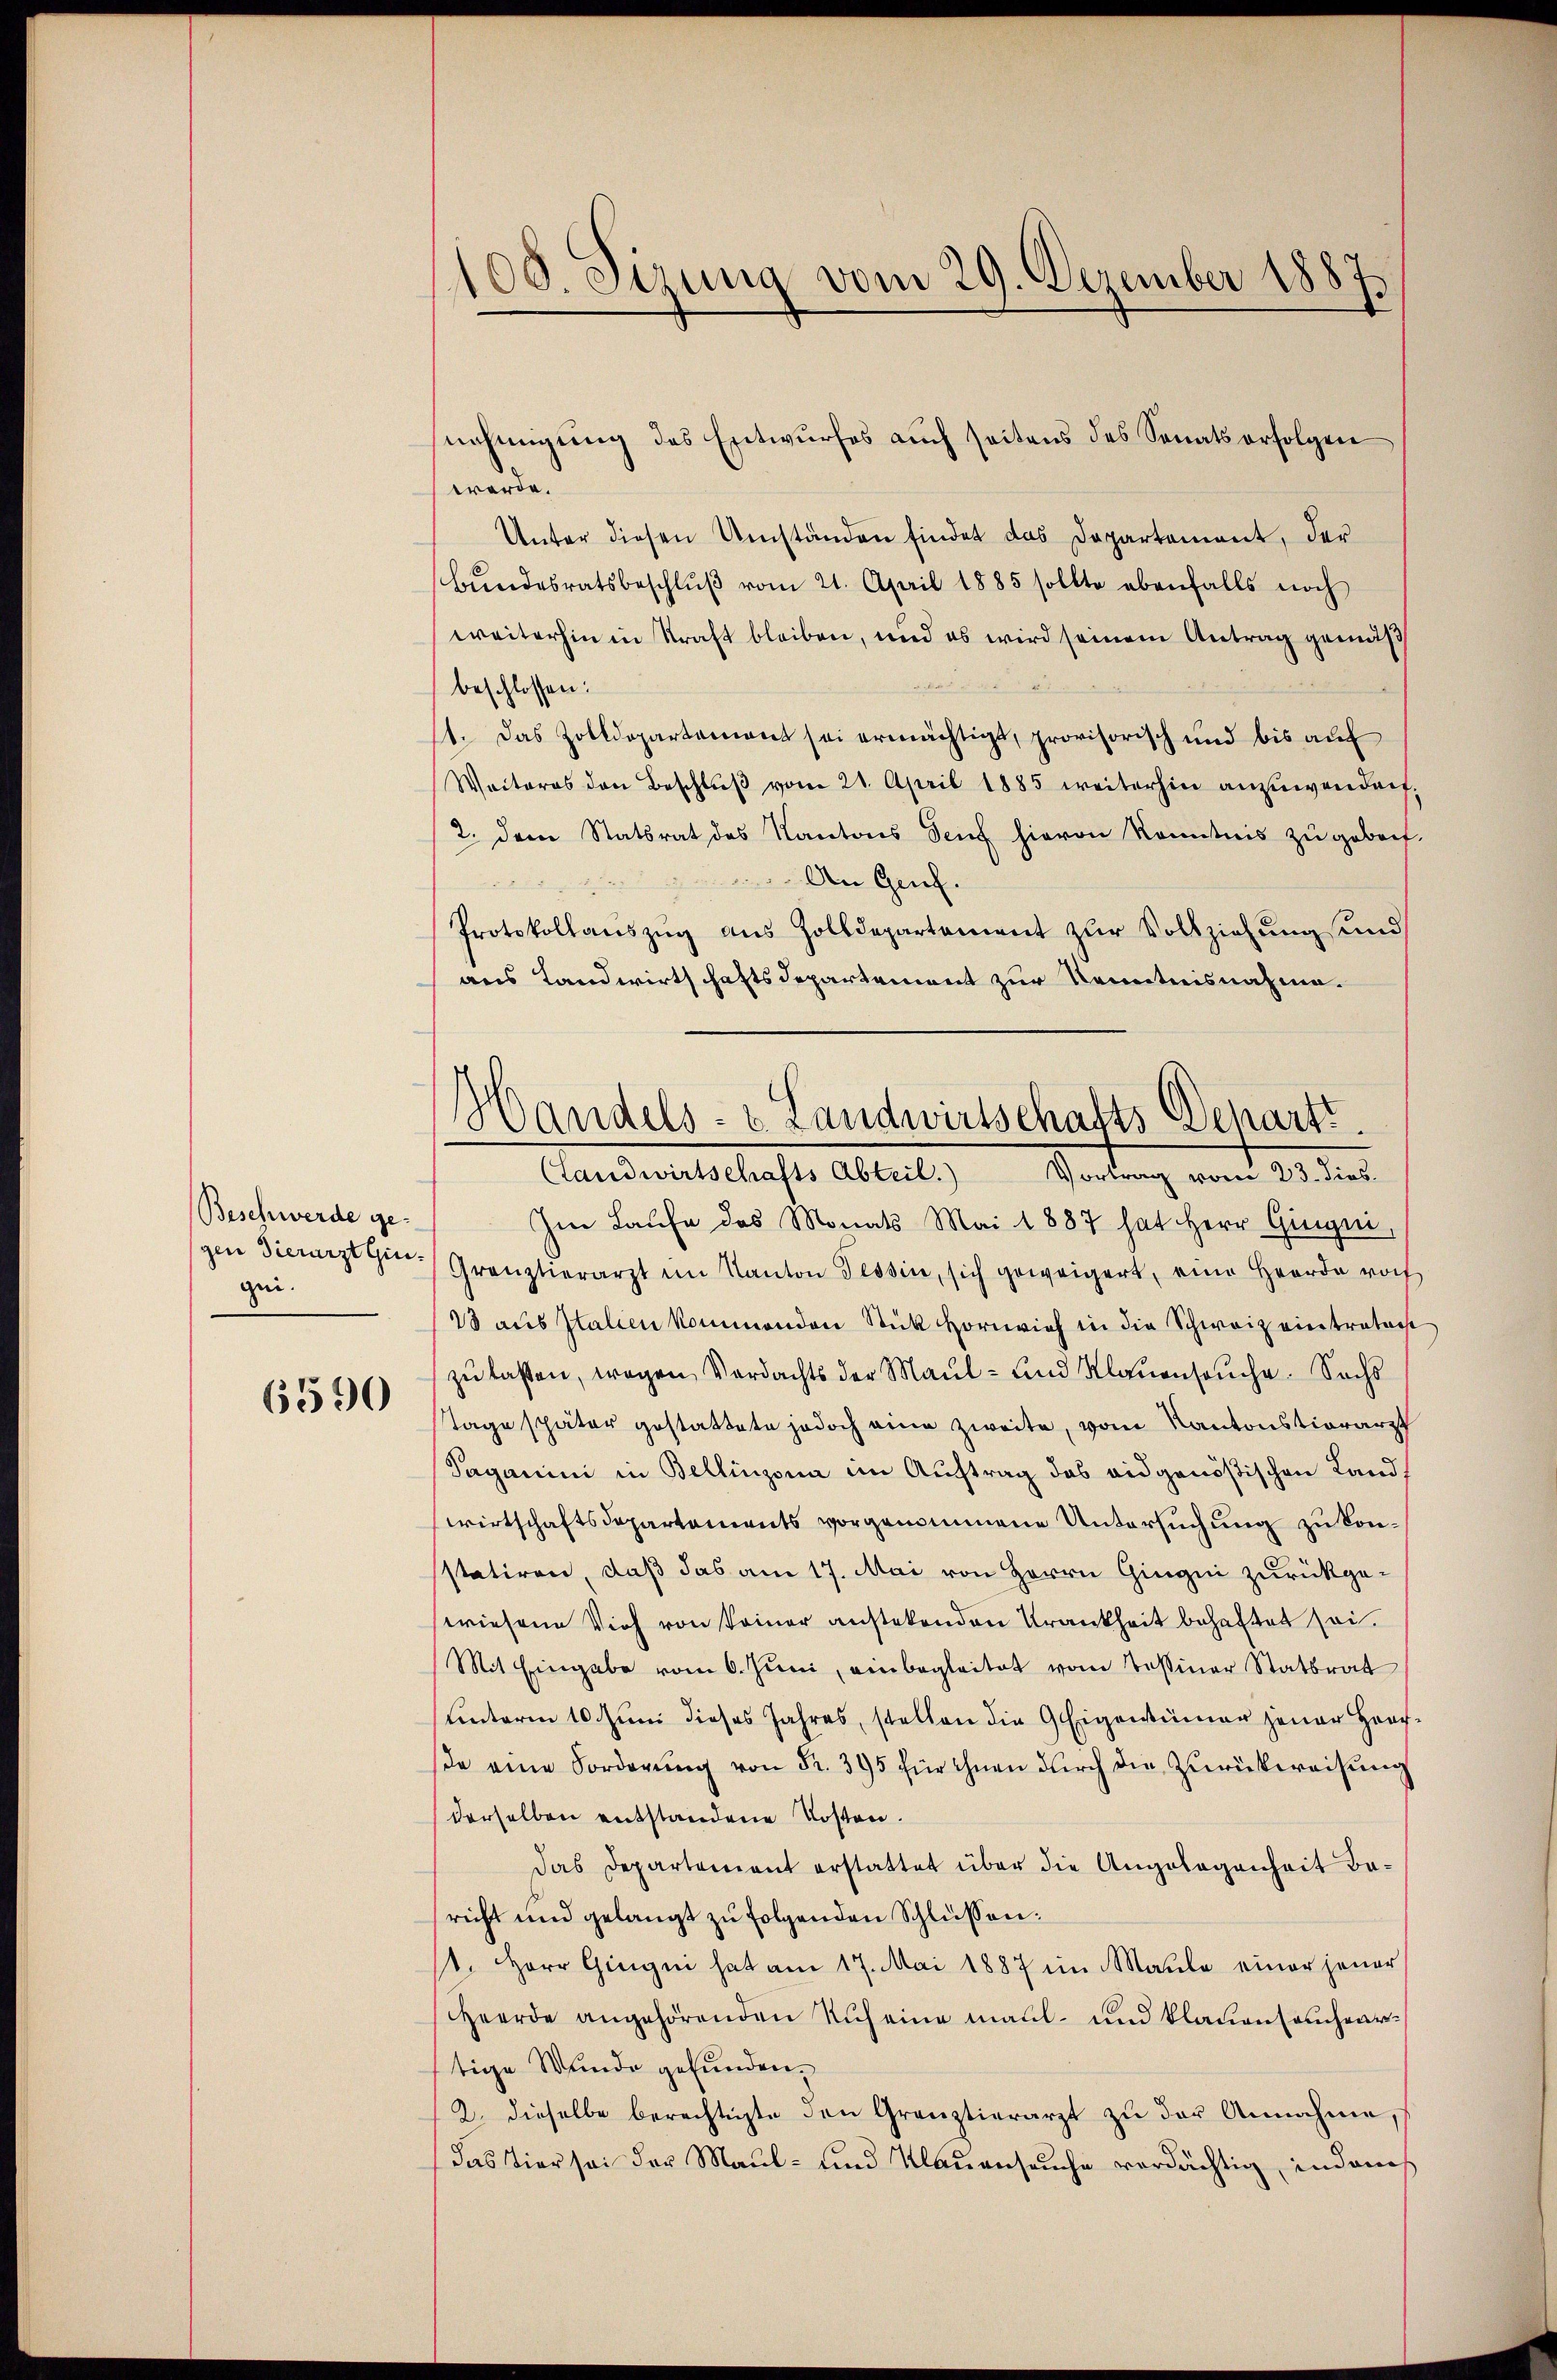
Beschwerde ge-
gei.

6590

nehmigung des Entwurfes auch seitens des Senats erfolgen
werde.
Unter diesen Umständen findet das Departement, der
bŭndesratsbeschlŭβ vom 21. April 1885 sollte ebenfalls noch
weiterhin in Kraft bleiben, und es wird seinem Antrag gemäß
beschlossen:
11. Das Zolldepartemont sei ermächtigt, provisorisch und bis auf
Weiteres den Beschlŭβ vom 21. April 1885 weiterhin anzuwendorf,
2. dem Statsrat des Kantons Teuf hievon Kenntnis zu gebach-
An Genf.
Protokollaŭszŭg aŭs Zolldepartament zŭr Vollziehŭng sind
aus Landwirtschaftsdepartement zur Kenntnisnahme.
Clandwirtschafts Abteil.)
Sartung von 25 des
Im Laufe des Monats Mai 1887 hat Herr Giegni,
szen Tiererzigen Gränztierarzt im Kanton Tessin, sich geweigert, eine Herde roch
28 aus Italien kommenden Stück Hornvieh in die Schweiz eintratent
zu lassen, wegen Verdachts der Maul- und Klauenseuche. Sochs
Tage später gestattete jedoch eine zweite, vom Kantonstierarzt
Saganini in Bellinzona im Auftrag das eidgenößischen Landwirtschaftsdepartements vorgenommene Untersuchung zu konsstatiren, daß das am 17. Mai von Herrn Gingin zurückgewiesene Vieh von keiner anstetenden Krankheit behaftet sei.
Mit Eingabe vom 6. Juni, einbegleitet vom Tessiner Statsrat
uinterm 10. Juni dieses Jahres, stellen die Geigentümer jener Haude eine Forderung von Fr. 395 für ihnen durch die Zurückweisung
derselben entstandene Kosten.
Das Departement erstattet über die Angelegenheit Baricht und gelangt zu folgenden Schlüssen:
11. Herr Gingni hat am 17. Mai 1887 im Maŭle einer jener
Heerde angehörenden Nich eine maul- und klauensacheartige Wunde gefunden.
2. dieselbe berechtigte den Gränztierarzt zŭ der Annahme,
das Tier sei der Maul- und Klauenseuche verdächtig, indauch

100. Sizung vom 29. Dezember 1887

Handels- & Landwirtschafts-Denarti